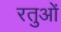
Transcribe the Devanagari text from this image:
रतुओं